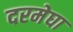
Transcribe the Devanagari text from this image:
दरमेघा